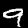
Label: 9